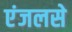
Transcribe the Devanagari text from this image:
एंजलसे